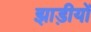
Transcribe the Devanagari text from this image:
झाड़ीयों